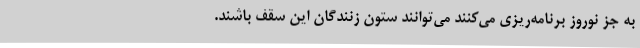
به جز نوروز برنامه‌ریزی می‌کنند می‌توانند ستون زنندگان این سقف باشند.